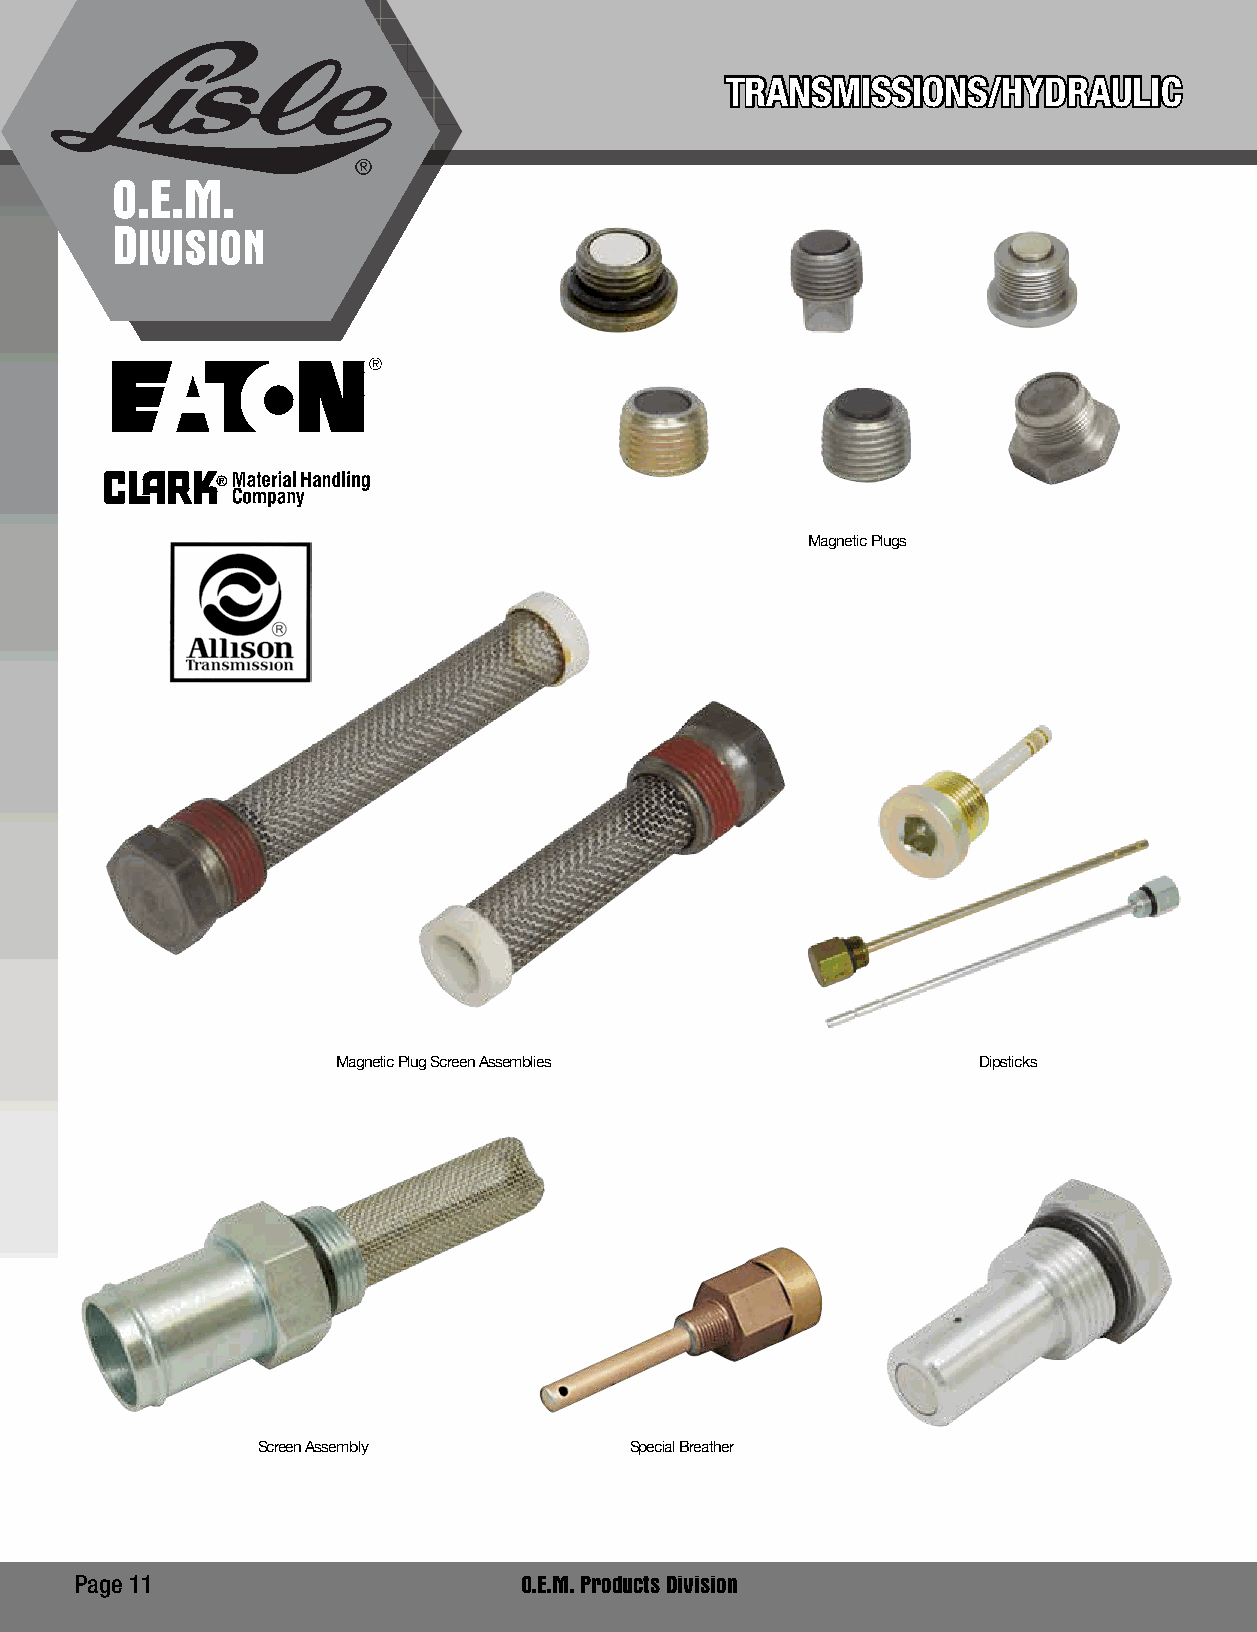
TRANSMISSIONS/HYDRAULIC
 O.E.M.
 DIVISION
 ®
 Magnetic Plugs
 Magnetic Plug Screen Assemblies            Dipsticks
 Screen Assembly          Special Breather
 Page 11                      O.E.M. Products Division